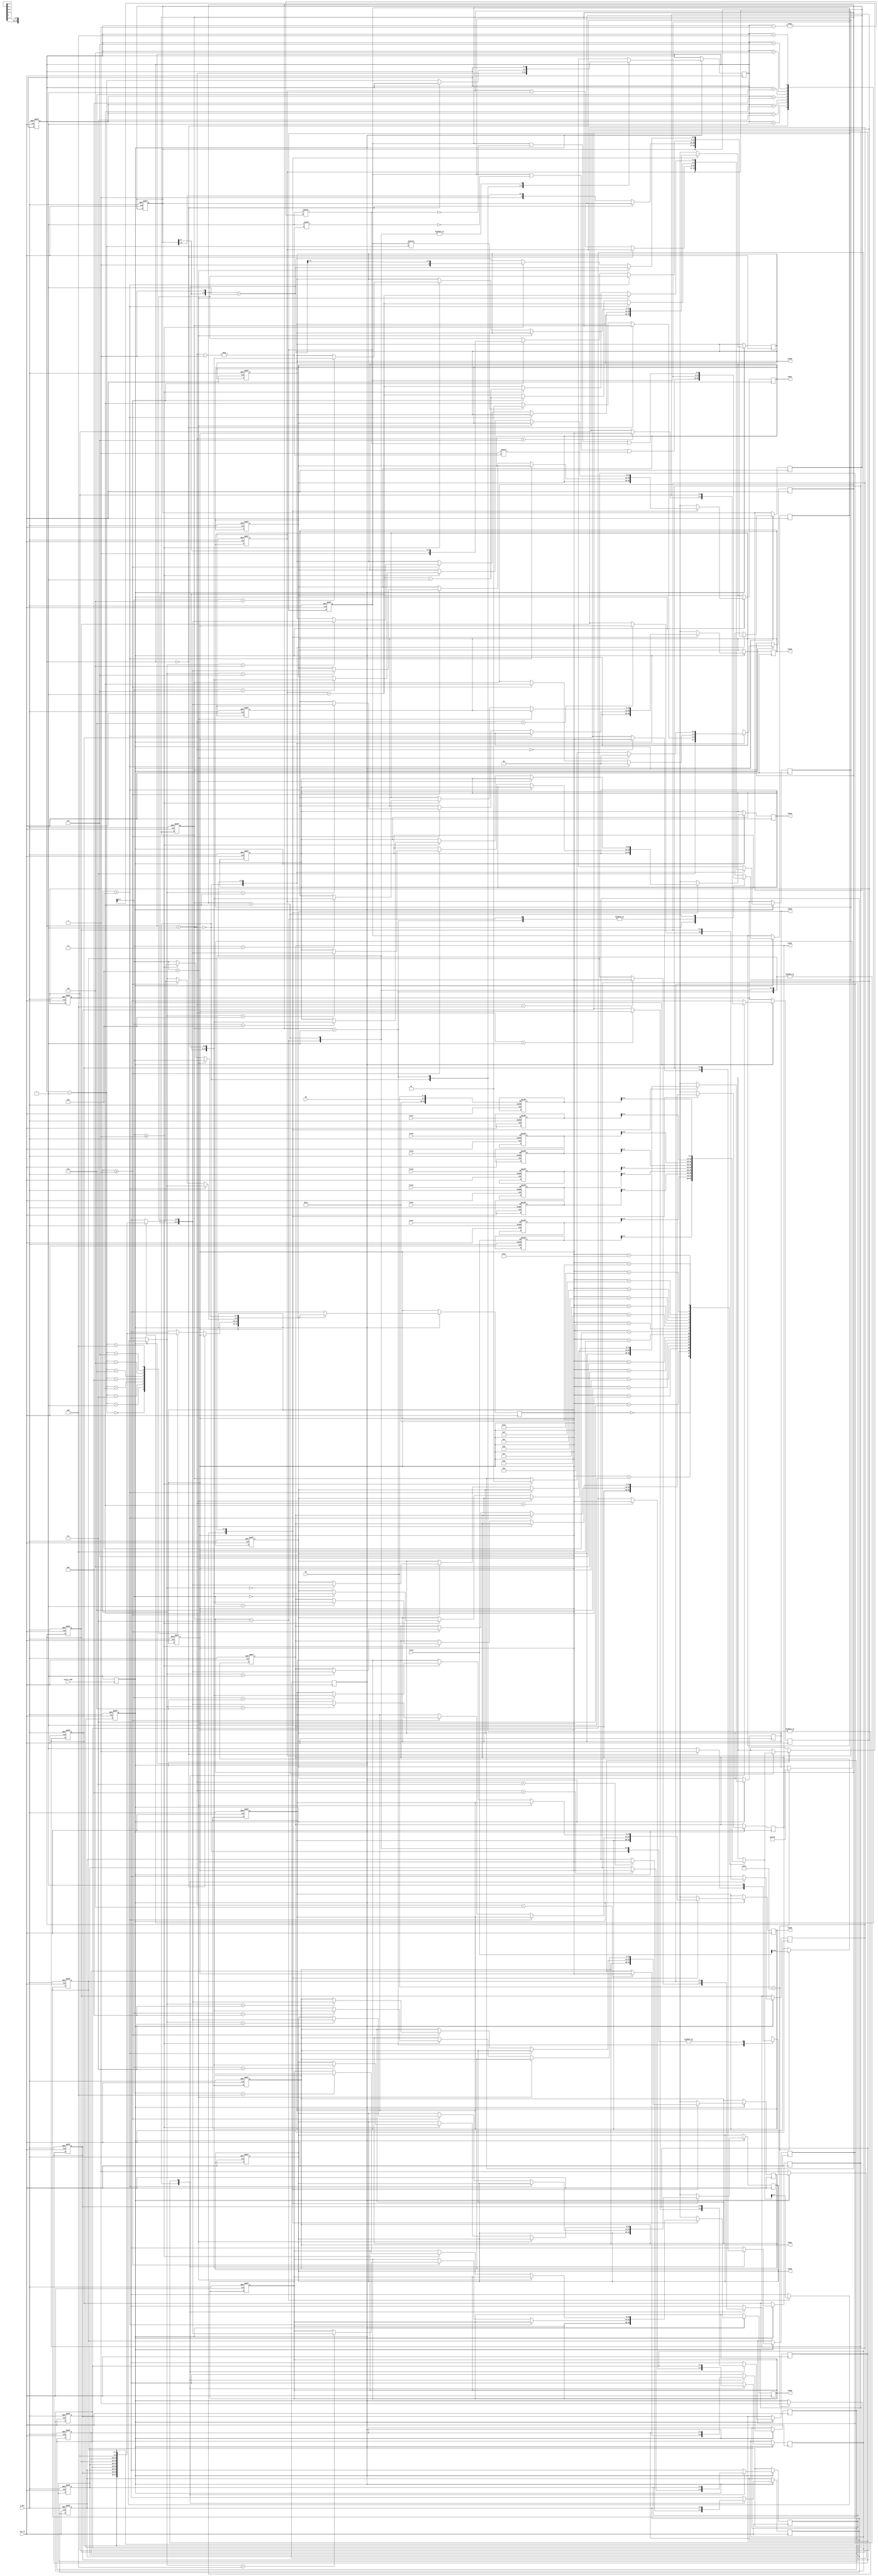
module code_stack(
    Clk_in,
    n_Rst,
    Start_code,
    Tree0,
    Tree1,
    Tree2,
    Tree3,
    Tree4,
    Tree5,
    Tree6,
    Tree7,
    m1,
    m2,
    Code0,
    Code1,
    Code2,
    Code3,
    Code4,
    Code5,
    Code6,
    Code7,
    Code8,
    Code9
    );
    //input signal
    input wire Clk_in;
    input wire n_Rst;
    input wire Start_code;
    input wire [14:0]Tree0;
    input wire [14:0]Tree1;
    input wire [14:0]Tree2;
    input wire [14:0]Tree3;
    input wire [14:0]Tree4;
    input wire [14:0]Tree5;
    input wire [14:0]Tree6;
    input wire [14:0]Tree7;
    input wire [4:0]m1;
    input wire [4:0]m2;
    //output signal
    output reg [12:0]Code0;//[code_num][code_bit][code]
    output reg [12:0]Code1;
    output reg [12:0]Code2;
    output reg [12:0]Code3;
    output reg [12:0]Code4;
    output reg [12:0]Code5;
    output reg [12:0]Code6;
    output reg [12:0]Code7;
    output reg [12:0]Code8;
    output reg [12:0]Code9;
    //inner signal
    reg [8:0]code;//orignal huffman code
    reg [3:0]code_bit;//huffman code's bit
    reg [4:0]stack[8:0];//stack
    reg [8:0]stack_judge;//ж϶ӦջеĽڵǷʹ0
    reg [3:0]stack_pointer;//ָջλ
    reg Hc_en;//enable signal
    reg [14:0]Node[18:10];
    reg [1:0]State;
    reg [4:0]temp;

    always @(negedge Start_code)begin
        Hc_en<=1;
    end

    always @(posedge Clk_in or negedge n_Rst) begin
        if(~n_Rst)//initial
            begin
                Code0<=12'h0;
                Code1<=12'h0;
                Code2<=12'h0;
                Code3<=12'h0;
                Code4<=12'h0;
                Code5<=12'h0;
                Code6<=12'h0;
                Code7<=12'h0;
                Code8<=12'h0;
                Code9<=12'h0;

                Hc_en<=0;                
                code<=9'h000000000;
                code_bit<=4'b0000;

                Node[18][14:10]=5'b10010;//18 0x12
                Node[18][9:5]=m2;
                Node[18][4:0]=m1;
                Node[17]=Tree7;//11
                Node[16]=Tree6;//10
                Node[15]=Tree5;//0f
                Node[14]=Tree4;//0e
                Node[13]=Tree3;//0d
                Node[12]=Tree2;//0c
                Node[11]=Tree1;//0b
                Node[10]=Tree0;//0a

                stack_pointer=-4'h1;
                stack[0]=5'h0;
                stack[1]=5'h0;
                stack[2]=5'h0;
                stack[3]=5'h0;
                stack[4]=5'h0;
                stack[5]=5'h0;
                stack[6]=5'h0;
                stack[7]=5'h0;
                stack[8]=5'h0;
                stack_judge=9'h0;
                State=2'b00;
                temp=Node[18][14:10];
            end
        else if(m1==5'b11111)//Num0-9 have  1 0000 0000
            begin
                Code0=16'hffff;
                Code1[12:0]=Tree0;
                Hc_en=0;//end
            end
        else;
    end

    always @(posedge Clk_in) begin
        if(Hc_en)begin
            case(State)
                2'b00:begin//ջ
		            stack_pointer=stack_pointer+1;
		            stack[stack_pointer]=temp;
		            stack_judge[stack_pointer]=0;
		            State=2'b10;
                end
                2'b01:begin//ջ
                    if(stack_pointer==4'h00)begin
                        Hc_en=0;
                    end
                    else begin
		                stack_pointer=stack_pointer-1;
		                temp=stack[stack_pointer];
		                code_bit=code_bit-1;
		                code=code>>1;
		                if(stack_judge[stack_pointer])begin//ջ
		                    State=2'b01;
		                end
		                else begin
		                    State=2'b11;
		                end
		            end
                end
                2'b10:begin//     
		            temp=Node[temp][4:0];
		            code_bit=code_bit+1;
		            code=code<<1;         
		            if(temp>5'h09)begin
		                State=2'b00;
		            end
		            else if(temp>=5'h00)begin
		                case(temp)
                            5'h00:Code0={code_bit,code};
                            5'h01:Code1={code_bit,code};
                            5'h02:Code2={code_bit,code};
                            5'h03:Code3={code_bit,code};
                            5'h04:Code4={code_bit,code};
                            5'h05:Code5={code_bit,code};
                            5'h06:Code6={code_bit,code};
                            5'h07:Code7={code_bit,code};
                            5'h08:Code8={code_bit,code};
                            5'h09:Code9={code_bit,code};
                            default:;
		                endcase
		                temp=stack[stack_pointer];//tempΪջ
		                code_bit=code_bit-1;
		                code=code>>1;
		                State=2'b11;
		            end
		            else;
                end
                2'b11:begin//Һ  
		            stack_judge[stack_pointer]=1;  
		            temp=Node[temp][9:5];
		            code_bit=code_bit+1;
		            code=code<<1;     
		            code=code+1;  
		            if(temp>5'h09)begin
		                State=2'b00;
		            end
		            else if(temp>=5'h00)begin
		                case(temp)
                            5'h00:Code0={code_bit,code};
                            5'h01:Code1={code_bit,code};
                            5'h02:Code2={code_bit,code};
                            5'h03:Code3={code_bit,code};
                            5'h04:Code4={code_bit,code};
                            5'h05:Code5={code_bit,code};
                            5'h06:Code6={code_bit,code};
                            5'h07:Code7={code_bit,code};
                            5'h08:Code8={code_bit,code};
                            5'h09:Code9={code_bit,code};
                            default:;
		                endcase
		                temp=stack[stack_pointer];
		                State=2'b01;
		                code_bit=code_bit-1;
		                code=code>>1;
		            end     
		            else;    
                end
		        default:;
	        endcase
        end
    end

endmodule